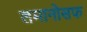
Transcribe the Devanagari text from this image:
लमानोसफ